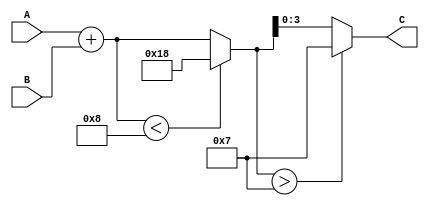
module addS #(parameter Nbits=4)(A,B,C);
input signed [Nbits-1:0] A, B;
output signed [Nbits-1:0] C;

localparam  maxNeg = -2**(Nbits-1);
localparam  maxPos = 2**(Nbits-1) - 1;

reg signed [Nbits:0] tmp;

 always @(A,B)
  begin
        tmp=A+B;
	if (tmp<maxNeg) tmp=maxNeg;
	if (tmp>maxPos) tmp=maxPos;
  end
  assign C = tmp[Nbits-1:0];
endmodule

module twocomplement #(parameter Nbits=4)(A,B);

input signed [Nbits-1:0] A;
output signed [Nbits-1:0] B;

assign B =(~A) + 1;

endmodule

module accumS #(parameter Nbits=4) (clk, D, Q, clr);
input clk, clr;

input [Nbits-1:0] D;
output [Nbits-1:0] Q;

reg [Nbits-1:0] accum; 
reg [Nbits-1:0] a, b;

addS  #(.Nbits(Nbits)) saturator(.A(a), .B(b), .C(Q));

always @(posedge clk)
  begin
    if (clr) accum = 0;
    else
	accum = Q;
	a = D;
        b = accum;
  end

endmodule


module addSB #(parameter Nbits=4)(A,B,C);
input [Nbits-1:0] A, B;
output [Nbits-1:0] C;


reg [Nbits:0] tmp;

 always @(A,B)
  begin
    tmp=A+B;
      if (A[3] == B[3])
	 if (tmp[3]!=B[3])
	    if (tmp[3]==1'b0)
	         tmp=5'b01000;
	         else
	         tmp=5'b00111;
  end
  assign C = tmp[3:0];
endmodule